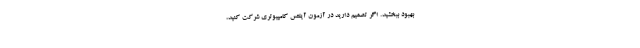
بهبود ببخشید. اگر تصمیم دارید در آزمون آیلتس کامپیوتری شرکت کنید،